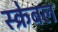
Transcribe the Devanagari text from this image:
स्क्रेबल